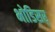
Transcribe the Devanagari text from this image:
भोडिसर्